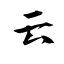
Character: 云